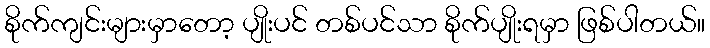
စိုက်ကျင်းများမှာတော့ ပျိုးပင် တစ်ပင်သာ စိုက်ပျိုးရမှာ ဖြစ်ပါတယ်။